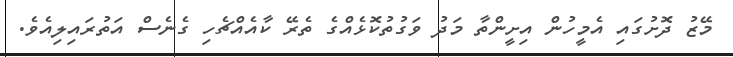
މޭޒު ދޮށުގައި އެމީހުން އިށީންތާ މަދު ވަގުތުކޮޅެއްގެ ތެރޭ ކާއެއްޗެހި ގެނެސް އަތުރައިލިއެވެ.